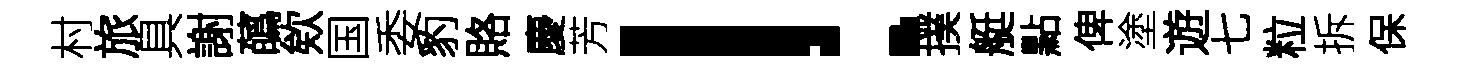
村旅具謝蘤欸国委豹賂慶芳！撲艇點俾塗遊七粒拆保